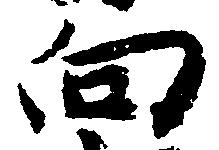
向